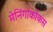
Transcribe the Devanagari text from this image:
मेनिंगोकोकस